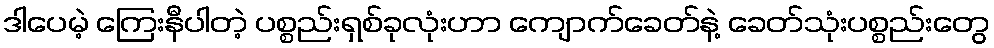
ဒါပေမဲ့ ကြေးနီပါတဲ့ ပစ္စည်းရှစ်ခုလုံးဟာ ကျောက်ခေတ်နဲ့ ခေတ်သုံးပစ္စည်းတွေ